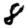
Digit: 8